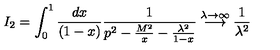
I _ { 2 } = \int _ { 0 } ^ { 1 } \frac { d x } { ( 1 - x ) } \frac { 1 } { p ^ { 2 } - \frac { M ^ { 2 } } { x } - \frac { \lambda ^ { 2 } } { 1 - x } } \stackrel { \lambda \rightarrow \infty } { \longrightarrow } \frac { 1 } { \lambda ^ { 2 } }